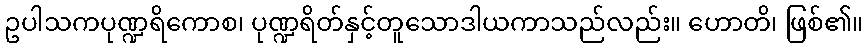
ဥပါသကပုဏ္ဍရိကောစ၊ ပုဏ္ဍရိတ်နှင့်တူသောဒါယကာသည်လည်း။ ဟောတိ၊ ဖြစ်၏။